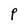
Character: P